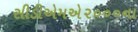
સીડીએમએ૨૦૦૦ના